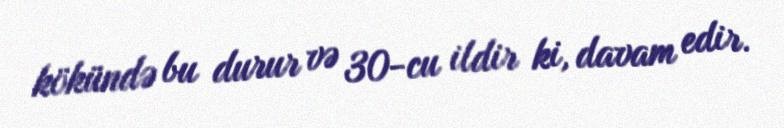
kökündə bu durur və 30-cu ildir ki, davam edir.